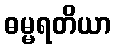
ဓမ္မရတိယာ